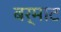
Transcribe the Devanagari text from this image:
बर्माट